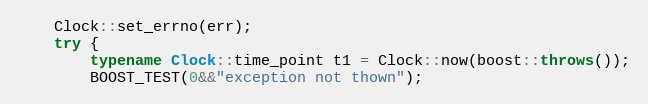
Language: C++
    Clock::set_errno(err);
    try {
        typename Clock::time_point t1 = Clock::now(boost::throws());
        BOOST_TEST(0&&"exception not thown");